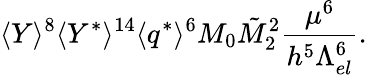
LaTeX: \langle Y\rangle^{8}\langle Y^{*}\rangle^{14}\langle q^{*}\rangle^{6}M_{0}\tilde{M}_{2}^{2}\frac{\mu^{6}}{h^{5}\Lambda_{el}^{6}}.